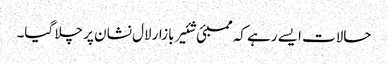
حالات ایسے رہے کہ ممبئی شئیر بازار لال نشان پر چلا گیا۔